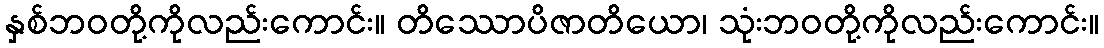
နှစ်ဘဝတို့ကိုလည်းကောင်း။ တိဿောပိဇာတိယော၊ သုံးဘဝတို့ကိုလည်းကောင်း။